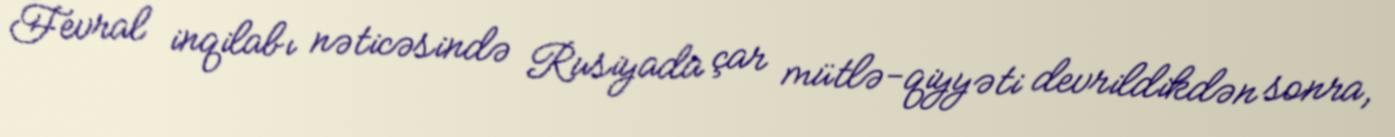
Fevral inqilabı nəticəsində Rusiyada çar mütlə-qiyyəti devrildikdən sonra,